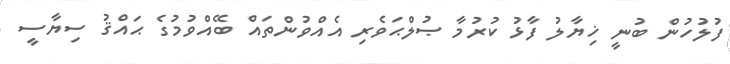
ފުލުހުން ބުނީ ޚިޔާލު ފާޅު ކުރުމާ ޞުލްޙަވެރި އެއްވުންތައް ބޭއްވުމުގެ ޙައްޤު ސިޔާސީ